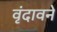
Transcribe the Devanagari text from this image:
वृंदावने